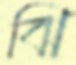
ঝি